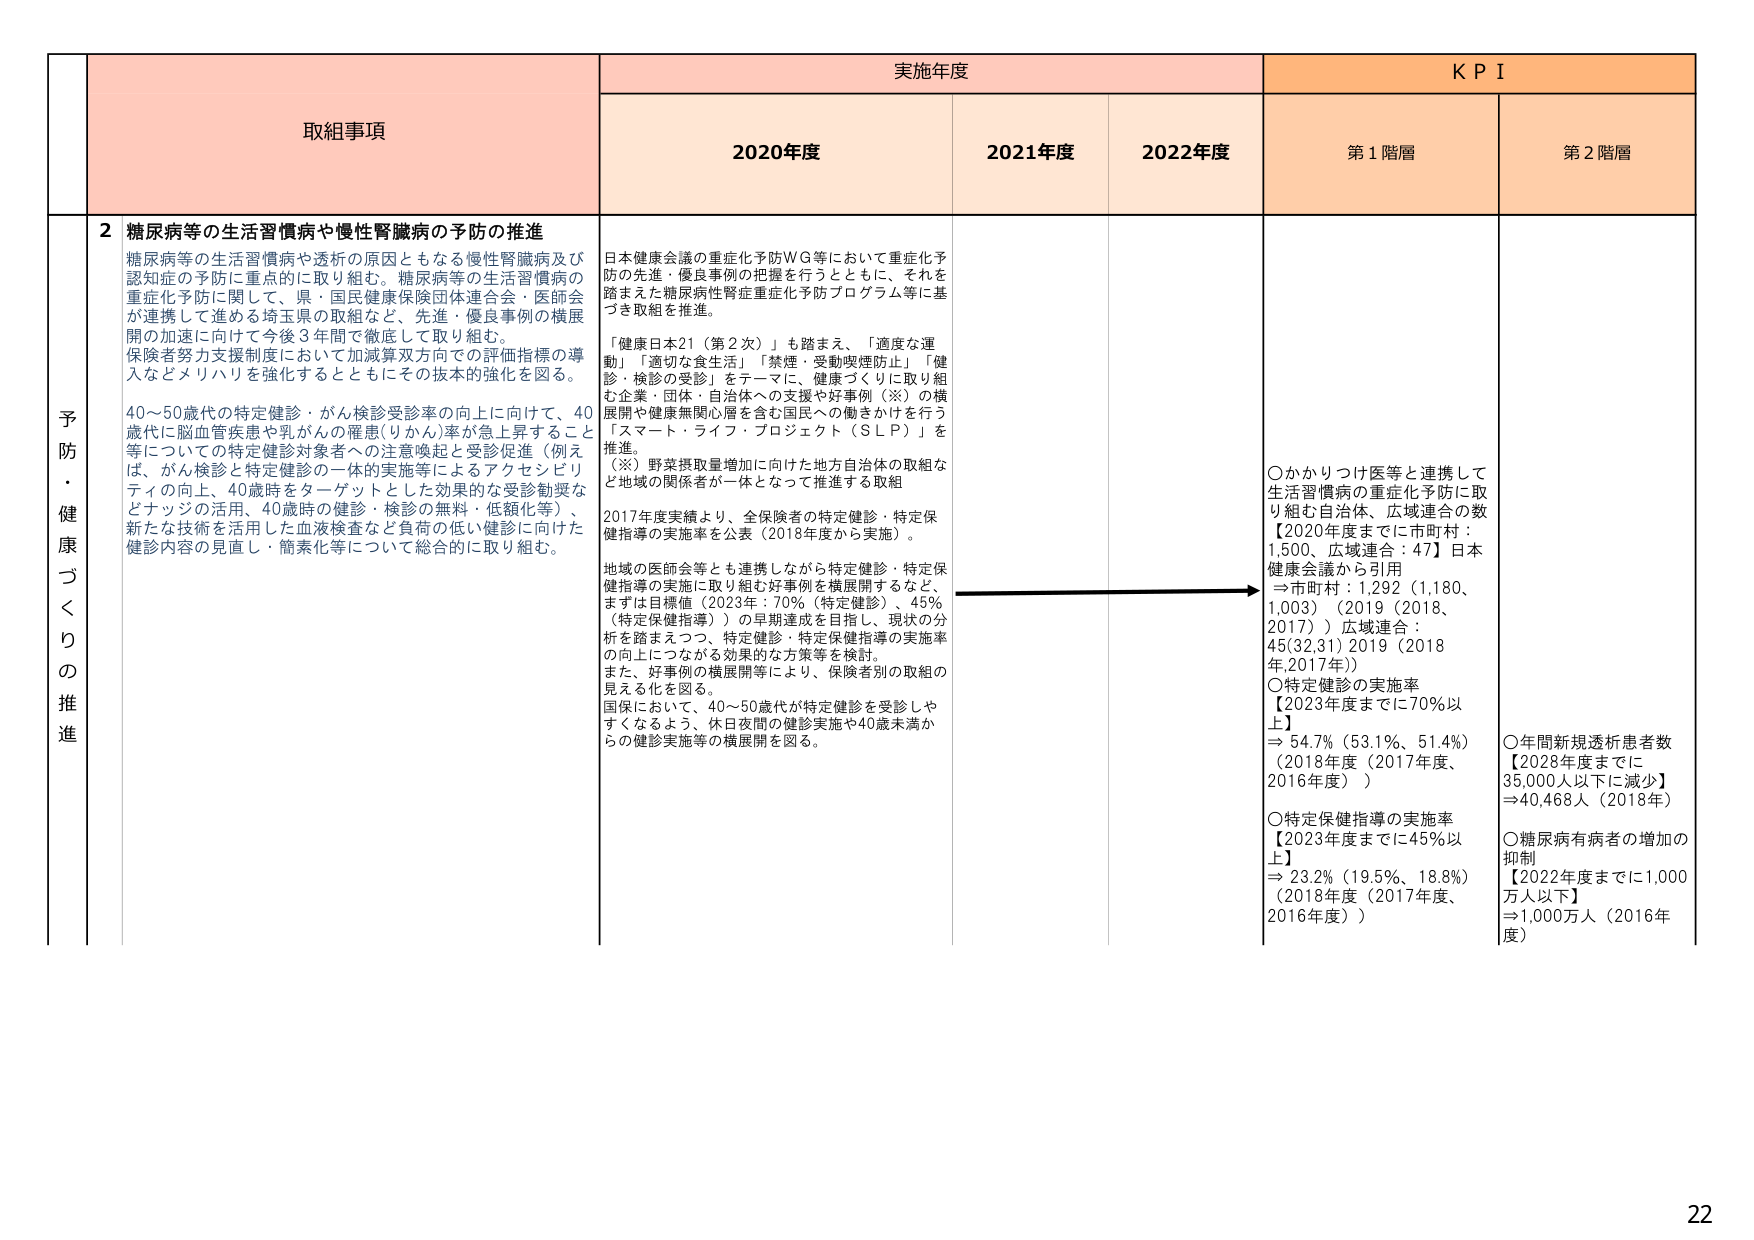
予防・健康づくりの推進

取組事項

2 糖尿病等の生活習慣病や慢性腎臓病の予防の推進
糖尿病等の生活習慣病や透析の原因ともなる慢性腎臓病及び認知症の予防に重点的に取り組む。糖尿病等の生活習慣病の重症化予防に関して、県・国民健康保険団体連合会・医師会が連携して進める埼玉県の取組など、先進・優良事例の横展開の加速に向けて今後3年間で徹底して取り組む。
保険者努力支援制度において加減算双方向での評価指標の導入などメリハリを強化するとともにその技術の強化を図る。

40～50歳代の特定健診・がん検診受診率の向上に向けて、40歳代に脳血管疾患や乳がんの罹患(りかん)率が急上昇すること等についての特定健診対象者への注意喚起と受診促進（例えば、がん検診と特定健診の一体的実施等によるアクセシビリティの向上、40歳時をターゲットとした効果的な受診勧奨などナッジの活用、40歳時の健診・検診の無料・低額化等）、新たな技術を活用した血液検査など負荷の低い健診に向けた健診内容の見直し・簡素化等について総合的に取り組む。

実施年度

2020年度
日本健康会議の重症化予防WG等において重症化予防の先進・優良事例の把握を行うとともに、それを踏まえた糖尿病性腎症重症化予防プログラム等に基づき取組を推進。
「健康日本21（第2次）」も踏まえ、「適度な運動」「適切な食生活」「禁煙・受動喫煙防止」「健診・検診の受診」をテーマに、健康づくりに取り組む企業・団体・自治体への支援や好事例（※）の横展開や健康無関心層を含む国民への働きかけを行う「スマート・ライフ・プロジェクト（SLP）」を推進。
（※）野菜摂取量増加に向けた地方自治体の取組など地域の関係者が一体となって推進する取組
2017年度実績より、全保険者の特定健診・特定保健指導の実施率を公表（2018年度から実施）。
地域の医師会等とも連携しながら特定健診・特定保健指導の実施に取り組む好事例を横展開するなど、まずは目標値（2023年：70%（特定健診）、45%（特定保健指導））の早期達成を目指し、現状の分析を踏まえつつ、特定健診・特定保健指導の実施率の向上につながる効果的な方策等を検討。
また、好事例の横展開等により、保険者別の取組の見える化を図る。
国保において、40～50歳代が特定健診を受診しやすくなるよう、休日夜間の健診実施や40歳未満からの健診実施等の横展開を図る。

2021年度

2022年度

KPI

第1階層
○かかりつけ医等と連携して生活習慣病の重症化予防に取り組む自治体、広域連合の数【2020年度までに市町村：1,500、広域連合：47】日本健康会議から引用
→市町村：1,292（1,180、1,003）（2019（2018、2017））広域連合：45(32,31) 2019（2018年,2017年））
○特定健診の実施率【2023年度までに70%以上】
⇒ 54.7%（53.1%、51.4%）（2018年度（2017年度、2016年度））
○特定保健指導の実施率【2023年度までに45%以上】
⇒ 23.2%（19.5%、18.8%）（2018年度（2017年度、2016年度））

第2階層
○年間新規透析患者数【2028年度までに35,000人以下に減少】⇒40,468人（2018年）
○糖尿病有病者の増加の抑制【2022年度までに1,000万人以下】⇒1,000万人（2016年度）

22